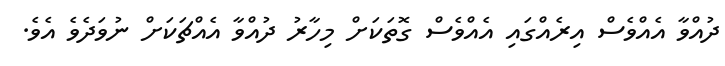
ދުއްވާ އެއްވެސް އިރެއްގައި އެއްވެސް ގޮތަކަށް މިހާރު ދުއްވާ އެއްޗަކަށް ނުވަދެވެ އެވެ.